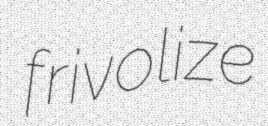
frivolize